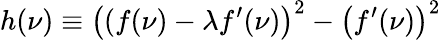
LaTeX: h(\nu)\equiv\left((f(\nu)-\lambda f^{\prime}(\nu)\right)^{2}-\left(f^{\prime}(\nu)\right)^{2}